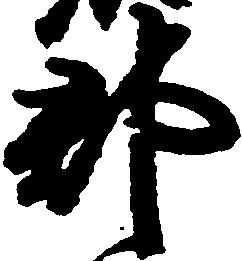
郡